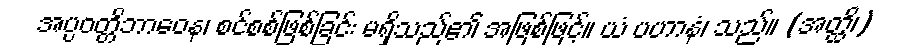
အပ္ပဝတ္တိဘာဝေန၊ စင်စစ်ဖြစ်ခြင်း မရှိသည်၏ အဖြစ်ဖြင့်။ ယံ ပဟာနံ၊ သည်။ (အတ္ထိ၊)